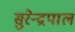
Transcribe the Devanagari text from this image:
सुरेन्द्रपाल